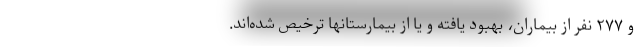
و ۲۷۷ نفر از بیماران، بهبود یافته و یا از بیمارستانها ترخیص شده‌اند.